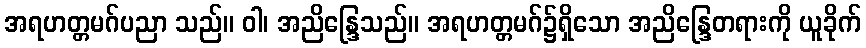
အရဟတ္တမဂ်ပညာ သည်။ ဝါ၊ အညိန္ဒြေသည်။ အရဟတ္တမဂ်၌ရှိသော အညိန္ဒြေတရားကို ယူခိုက်